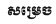
សម្រេច